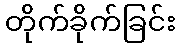
တိုက်ခိုက်ခြင်း